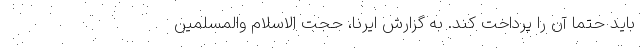
باید حتما آن را پرداخت کند. به گزارش ایرنا، حجت الاسلام والمسلمین